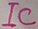
Text: IC